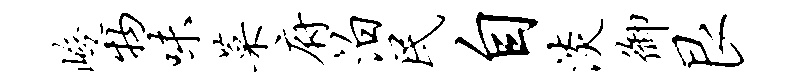
峻物味菜府泊民自淡御艮